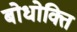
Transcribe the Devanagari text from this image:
बोधोक्ति